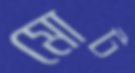
মোট